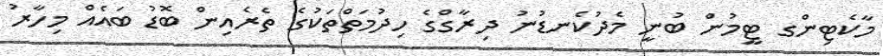
މާކެޓިންގ ޓީމުން ބުނީ މެދުކެނޑުނު ދިރާގްގެ ހިދުމަތްތަކުގެ ތެރެއިން ބޮޑު ބައެއް މިހާރު